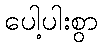
ပေါ့ပါးစွာ